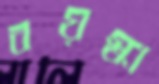
বয়স্কা